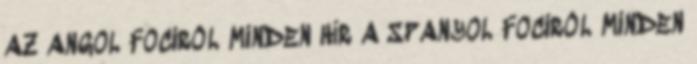
AZ ANGOL FOCIRÓL MINDEN HÍR A SPANYOL FOCIRÓL MINDEN